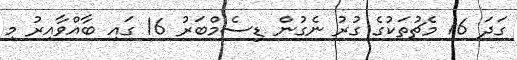
ގަދަ 16 މެޗުތަކުގެ ގުރު ނެގުން ޑިސެމްބަރު 16 ގައި ބާއްވާއިރު މި